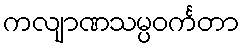
ကလျာဏသမ္ပဝင်္ကတာ